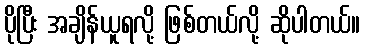
ပိုပြီး အချိန်ယူရလို့ ဖြစ်တယ်လို့ ဆိုပါတယ်။